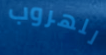
للهروب